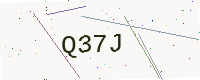
Text: Q37J